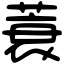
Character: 蓑